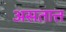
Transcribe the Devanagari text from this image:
असतात्त